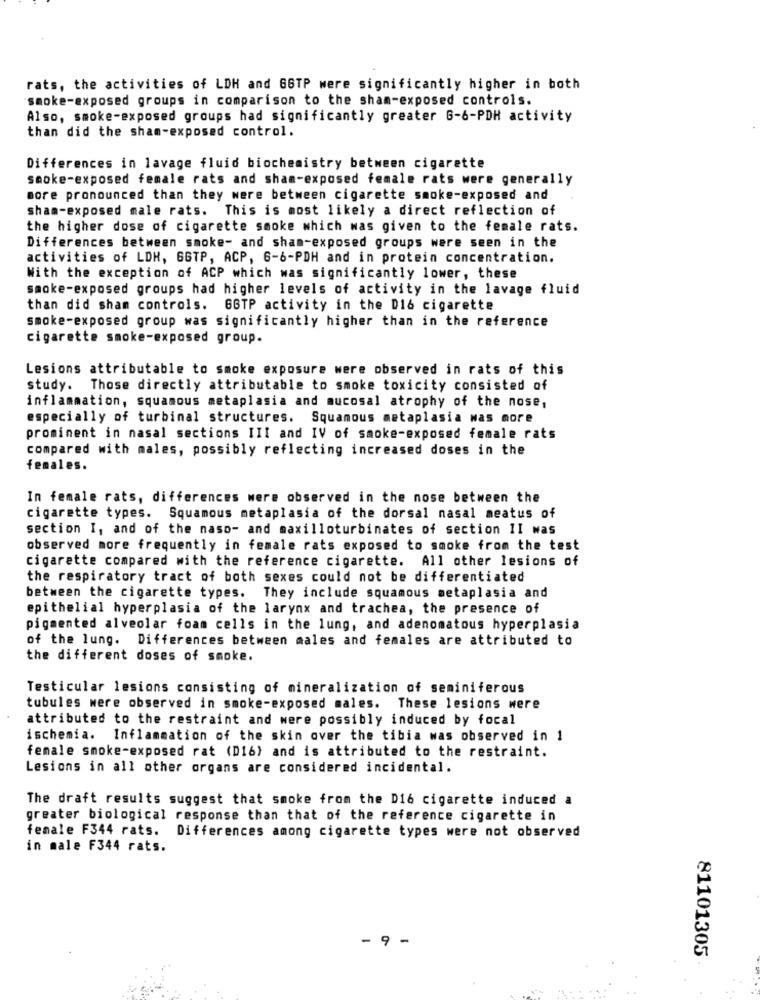
rats, the activities of LDH and G6TP were significantly higher in both
smoke-exposed groups in comparison to the sham-exposed controls.
Also, smoke-exposed groups had significantly greater 6-6-PDH activity
than did the sham-exposed control.
Differences in lavage fluid biochemistry between cigarette
smoke-exposed female rats and sham-exposed female rats were generally
more pronounced than they were between cigarette smoke-exposed and
sham-exposed male rats. This is most likely a direct reflection of
the higher dose of cigarette smoke which was given to the female rats.
Differences between smoke- and sham-exposed groups were seen in the
activities of LDH, GGTP, ACP, 6-6-PDH and in protein concentration.
With the exception of ACP which was significantly lower, these
smoke-exposed groups had higher levels of activity in the lavage fluid
than did sham controls. 6GTP activity in the D16 cigarette
smoke-exposed group was significantly higher than in the reference
cigarette smoke-exposed group.
Lesions attributable to smoke exposure were observed in rats of this
study. Those directly attributable to smoke toxicity consisted of
inflammation, squamous metaplasia and mucosal atrophy of the nose,
especially of turbinal structures. Squamous metaplasia was more
prominent in nasal sections III and IV of smoke-exposed female rats
compared with males, possibly reflecting increased doses in the
females.
In female rats, differences were observed in the nose between the
cigarette types. Squamous metaplasia of the dorsal nasal meatus of
section I, and of the naso- and maxilloturbinates of section II was
observed more frequently in female rats exposed to smoke from the test
cigarette compared with the reference cigarette. All other lesions of
the respiratory tract of both sexes could not be differentiated
between the cigarette types. They include squamous metaplasia and
epithelial hyperplasia of the larynx and trachea, the presence of
pigmented alveolar foam cells in the lung, and adenomatous hyperplasia
of the lung. Differences between males and females are attributed to
the different doses of smoke.
Testicular lesions consisting of mineralization of seminiferous
tubules were observed in smoke-exposed males. These lesions were
attributed to the restraint and were possibly induced by focal
ischemia. Inflammation of the skin over the tibia was observed in 1
female smoke-exposed rat (D16) and is attributed to the restraint.
Lesions in all other organs are considered incidental.
The draft results suggest that smoke from the D16 cigarette induced a
greater biological response than that of the reference cigarette in
female F344 rats. Differences among cigarette types were not observed
in male F344 rats.
- 9 -
81101305